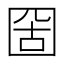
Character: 𡇣